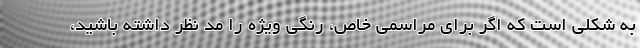
به شکلی است که اگر برای مراسمی خاص، رنگی ویژه را مد نظر داشته باشید،